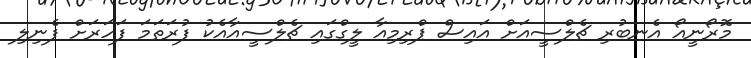
މޮރޯނީއޯ އެނބުރި ޗެލްސީއަށް އައިސް ޕްރިމިއާ ލީގްގައި ޗެލްސީއާއެކު ފުރަތަމަ ފަހަރަށް ފެނިލި